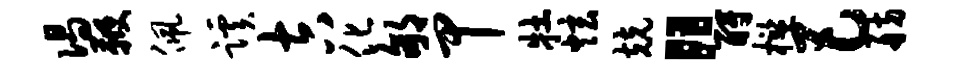
偈鞭佩蹊吉化郇甲牡炫兢“酹槛巴舫